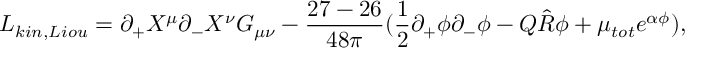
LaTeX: L _ { k i n , L i o u } = \partial _ { + } X ^ { \mu } \partial _ { - } X ^ { \nu } G _ { \mu \nu } - \frac { 2 7 - 2 6 } { 4 8 \pi } ( \frac { 1 } { 2 } \partial _ { + } \phi \partial _ { - } \phi - Q \hat { R } \phi + \mu _ { t o t } e ^ { \alpha \phi } ) ,